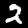
Digit: 2